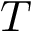
T